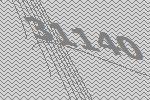
31140